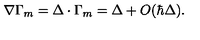
\nabla \Gamma _ { m } = \Delta \cdot \Gamma _ { m } = \Delta + O ( \hbar \Delta ) .